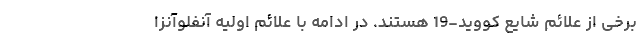
برخی از علائم شایع کووید-19 هستند. در ادامه با علائم اولیه آنفلوآنزا